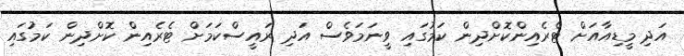
އަދި މީޑިއާއަށް ޓްރެއިންކޮށްދިން ކަމުގައި ވީނަމަވެސް އަދި ރައީސްކަމަށް ޓެރެއިން ކޮށްދިން ކަމުގައި